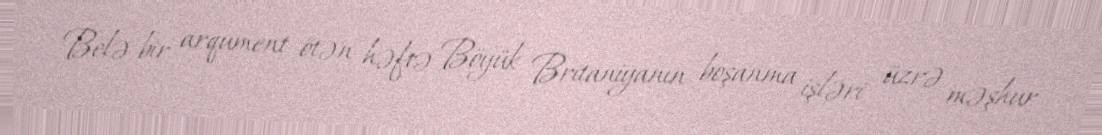
Belə bir arqument ötən həftə Böyük Britaniyanın boşanma işləri üzrə məşhur